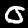
Label: 0